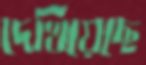
দেখিয়েছে